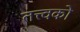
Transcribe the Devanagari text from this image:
तत्त्वको